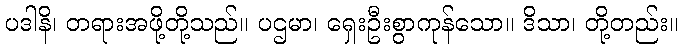
ပဒါနိ၊ တရားအဖို့တို့သည်။ ပဌမာ၊ ရှေးဦးစွာကုန်သော။ ဒိသာ၊ တို့တည်း။